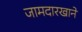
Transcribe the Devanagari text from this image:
जामदारखाने